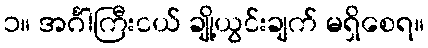
၁။ အင်္ဂါကြီးငယ် ချို့ယွင်းချက် မရှိစေရ။